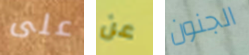
على عن الجنون